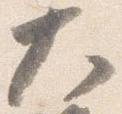
大